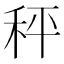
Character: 秤